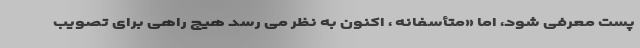
پست معرفی شود، اما «متأسفانه ، اکنون به نظر می رسد هیچ راهی برای تصویب